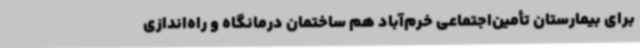
برای بیمارستان تأمین‌اجتماعی خرم‌آباد هم ساختمان درمانگاه و راه‌اندازی